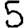
Digit: 5